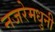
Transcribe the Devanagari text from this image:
नजरेमधुनी